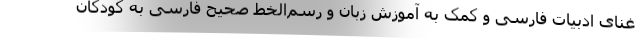
غنای ادبیات فارسی و کمک به آموزش زبان و رسم‌الخط صحیح فارسی به کودکان